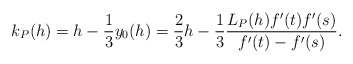
\begin{align*}k_P(h)=h-\frac{1}{3}y_0(h)=\frac{2}{3}h-\frac{1}{3}\frac{L_P(h)f'(t)f'(s)}{ f'(t)-f'(s)}. \end{align*}